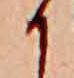
か